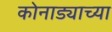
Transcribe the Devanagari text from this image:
कोनाड्याच्या